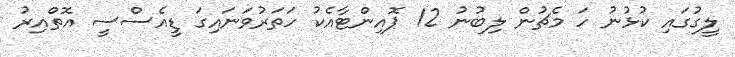
ލީގުގައި ކުޅުނު ހަ މެޗުން ލިބުނު 12 ޕޮއިންޓާއެކު ހަތަރުވަނައިގަ ޑީއެސްސީ އޮތްއިރު